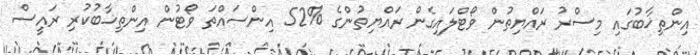
އިންތިޚާބުގައި މިސްރު ރައްޔިތުން ވޯޓްލައިގެން ރައްޔިތުންގެ %52 އިންސައްތަ ވޯޓުން އިންތިޚާބުކުރި ރައީސް